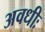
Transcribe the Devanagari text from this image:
अवधीः